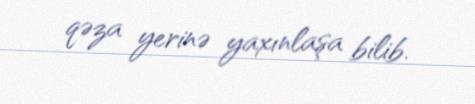
qəza yerinə yaxınlaşa bilib.